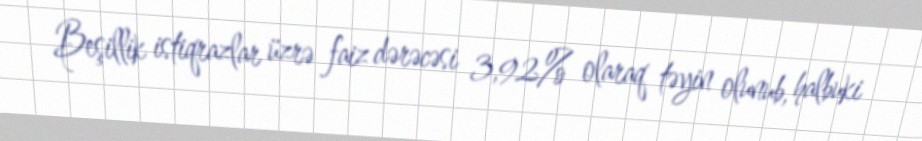
Beşillik istiqrazlar üzrə faiz dərəcəsi 3,92% olaraq təyin olunub, halbuki